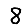
Digit: 8